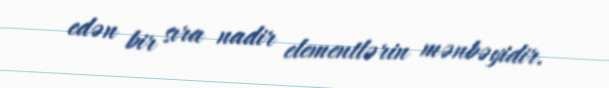
edən bir sıra nadir elementlərin mənbəyidir.